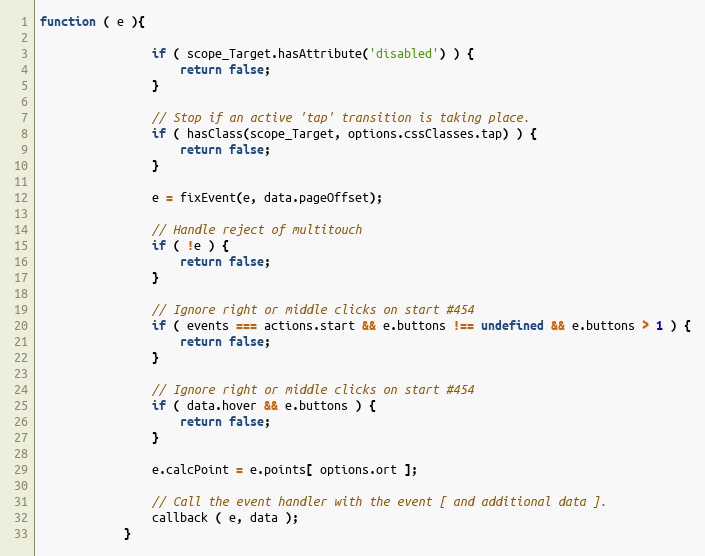
Language: JavaScript
function ( e ){

                if ( scope_Target.hasAttribute('disabled') ) {
                    return false;
                }

                // Stop if an active 'tap' transition is taking place.
                if ( hasClass(scope_Target, options.cssClasses.tap) ) {
                    return false;
                }

                e = fixEvent(e, data.pageOffset);

                // Handle reject of multitouch
                if ( !e ) {
                    return false;
                }

                // Ignore right or middle clicks on start #454
                if ( events === actions.start && e.buttons !== undefined && e.buttons > 1 ) {
                    return false;
                }

                // Ignore right or middle clicks on start #454
                if ( data.hover && e.buttons ) {
                    return false;
                }

                e.calcPoint = e.points[ options.ort ];

                // Call the event handler with the event [ and additional data ].
                callback ( e, data );
            }